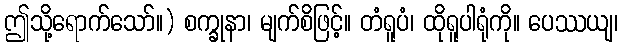
ဤသို့ရောက်သော်။) စက္ခုနာ၊ မျက်စိဖြင့်။ တံရူပံ၊ ထိုရူပါရုံကို။ ပေဿယျ၊